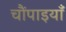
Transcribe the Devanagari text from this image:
चौंपाइयाँ